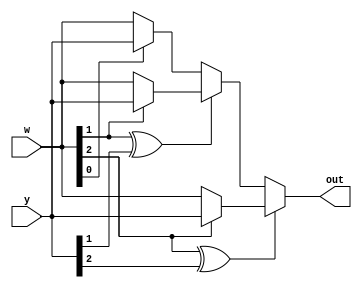
module comparator(w,y,out);
input [2:0] w;
input [2:0] y;
output wire [2:0] out;
 
wire [2:0]out1;
wire [2:0]out2;
 
assign out1=(w[0]&1)?y:w;
assign out2=(w[1]^y[1])?((w[1]&1)?y:w):out1;
assign out=(w[2]^y[2])?((w[2]&1)?y:w):out2;


endmodule